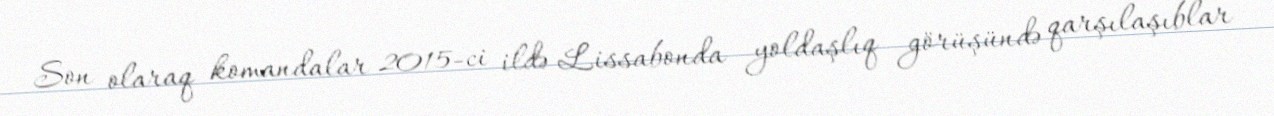
Son olaraq komandalar 2015-ci ildə Lissabonda yoldaşlıq görüşündə qarşılaşıblar